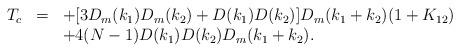
LaTeX: \begin{align*}\begin{array}{rcl}T_c&=&\displaystyle +[3D_m(k_1)D_m(k_2)+D(k_1)D(k_2)]D_m(k_1+k_2)(1+K_{12})\\&&\displaystyle +4(N-1)D(k_1)D(k_2)D_m(k_1+k_2). \end{array}\end{align*}